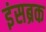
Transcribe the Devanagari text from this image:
इंसब्रक